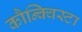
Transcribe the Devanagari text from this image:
कौन्क्विस्टा